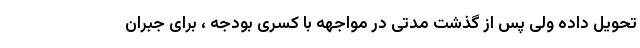
تحویل داده ولی پس از گذشت مدتی در مواجهه با کسری بودجه ، برای جبران